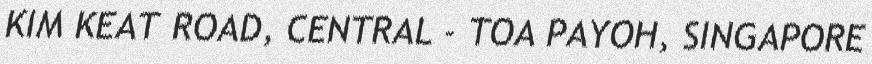
KIM KEAT ROAD, CENTRAL - TOA PAYOH, SINGAPORE